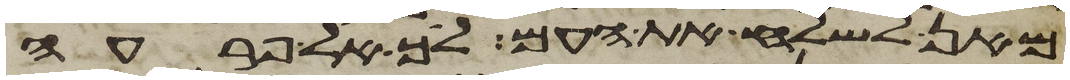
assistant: מאן לשלח את העם לך אל פרעה